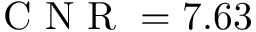
\mathrm { ~ C ~ N ~ R ~ } = 7 . 6 3